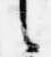
之